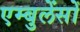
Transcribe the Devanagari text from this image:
एम्बुलेंसों